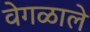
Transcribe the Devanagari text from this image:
वेगळाले